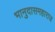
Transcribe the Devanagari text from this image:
भानुदासमहाराज